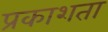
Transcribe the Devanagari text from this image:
प्रकाशता